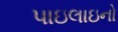
પાઇલાઇનો